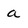
Character: a